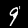
Label: 9